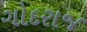
ગોદરાજ